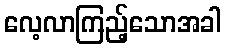
လေ့လာကြည့်သောအခါ